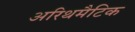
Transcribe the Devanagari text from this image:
अरिथमैटिक